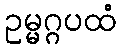
ဥမ္မဂ္ဂပထံ